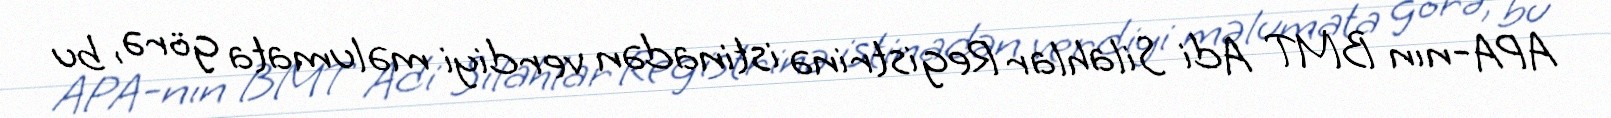
APA-nın BMT Adi Silahlar Registrinə istinadən verdiyi məlumata görə, bu